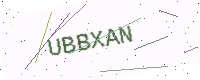
Text: UBBXAN